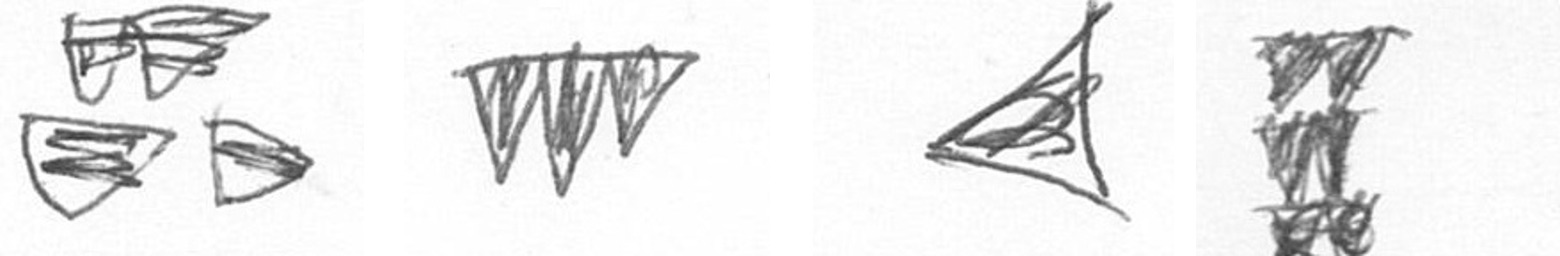
B L O Y